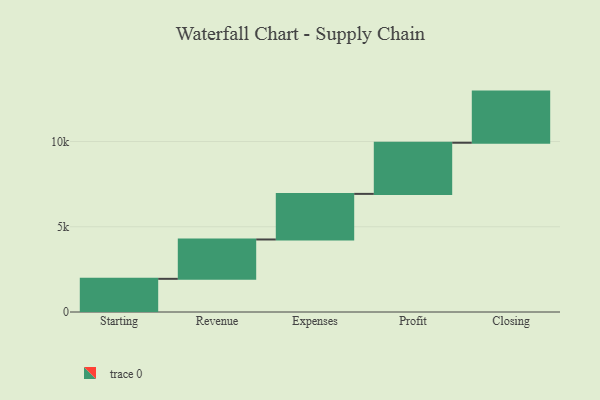
{"axis": {"x": "Step", "y": "Value"}, "legend": [""], "data": [{"x": "Starting", "y": 1946.0, "type": ""}, {"x": "Revenue", "y": 2308.0, "type": ""}, {"x": "Expenses", "y": 2675.0, "type": ""}, {"x": "Profit", "y": 3000, "type": ""}, {"x": "Closing", "y": 3000, "type": ""}]}